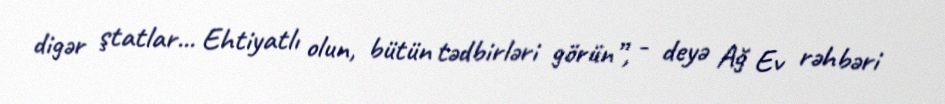
digər ştatlar... Ehtiyatlı olun, bütün tədbirləri görün”, - deyə Ağ Ev rəhbəri